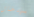
بإدخال